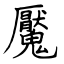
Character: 魘